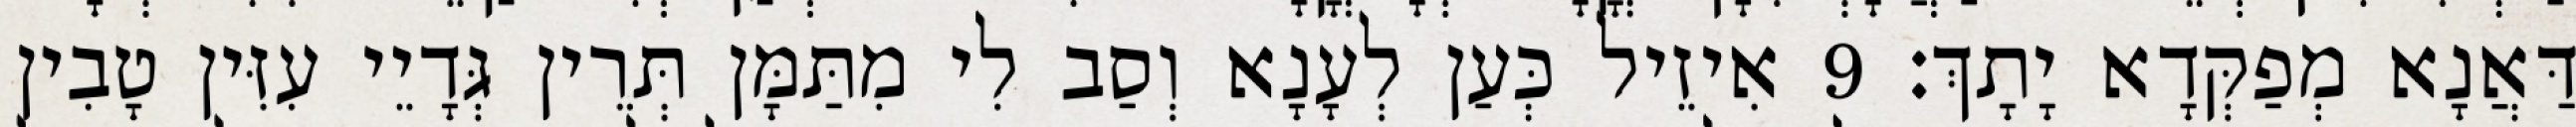
דַּאֲנָא מְפַקְּדָא יָתָךְ׃ 9 אִיזֵיל כְּעַן לְעָנָא וְסַב לִי מִתַּמָּן תְּרֵין גְּדָיֵי עִזִּין טָבִין